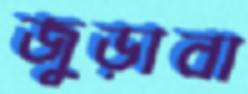
জুড়াবা